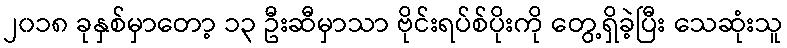
၂၀၁၈ ခုနှစ်မှာတော့ ၁၃ ဦးဆီမှာသာ ဗိုင်းရပ်စ်ပိုးကို တွေ့ရှိခဲ့ပြီး သေဆုံးသူ